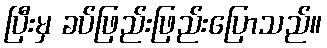
ပြီးမှ ခပ်ဖြည်းဖြည်းပြောသည်။